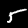
Digit: 5